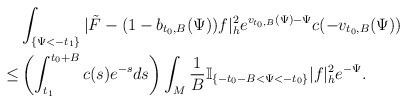
LaTeX: \begin{align*} & \int_{\{\Psi<-t_1\}}|\tilde{F}-(1-b_{t_0,B}(\Psi))f|^2_h e^{v_{t_0,B}(\Psi)-\Psi}c(-v_{t_0,B}(\Psi)) \\ \le &\left(\int_{t_1}^{t_0+B}c(s)e^{-s}ds\right) \int_{M}\frac{1}{B}\mathbb{I}_{\{-t_0-B<\Psi<-t_0\}}|f|^2_he^{-\Psi}.\end{align*}